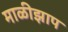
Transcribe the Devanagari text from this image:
माळीझाप